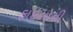
ફાઇલોની